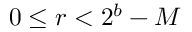
0 \leq r < 2 ^ { b } - M